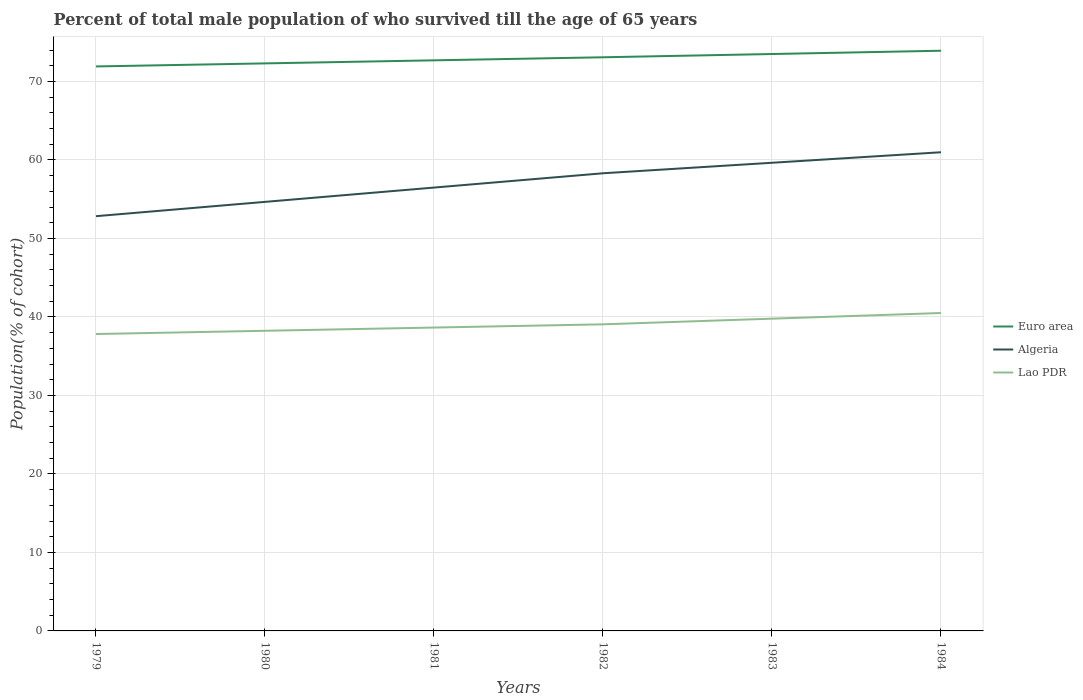
| Years | Euro area | Algeria | Lao PDR |
 | --- | --- | --- | --- |
 | 1979 | 71.9 | 52.8 | 37.8 |
 | 1980 | 72.3 | 54.7 | 38.2 |
 | 1981 | 72.7 | 56.5 | 38.7 |
 | 1982 | 73.1 | 58.3 | 39.1 |
 | 1983 | 73.5 | 59.6 | 39.8 |
 | 1984 | 73.9 | 61 | 40.5 |